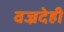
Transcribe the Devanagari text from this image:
वज्रदेही